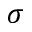
\sigma